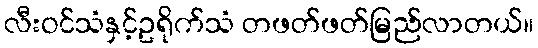
လီးဝင်သံနှင့်ဥရိုက်သံ တဖတ်ဖတ်မြည်လာတယ်။